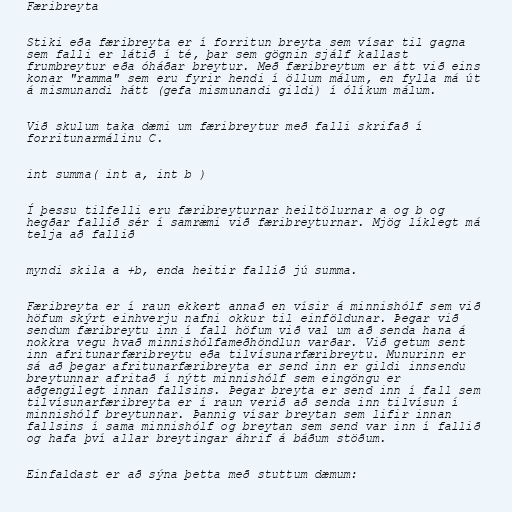
Færibreyta

Stiki eða færibreyta er í forritun breyta sem vísar til gagna
sem falli er látið í té, þar sem gögnin sjálf kallast
frumbreytur eða óháðar breytur. Með færibreytum er átt við eins
konar "ramma" sem eru fyrir hendi í öllum málum, en fylla má út
á mismunandi hátt (gefa mismunandi gildi) í ólíkum málum.

Við skulum taka dæmi um færibreytur með falli skrifað í
forritunarmálinu C.

int summa( int a, int b )

Í þessu tilfelli eru færibreyturnar heiltölurnar a og b og
hegðar fallið sér í samræmi við færibreyturnar. Mjög líklegt má
telja að fallið

myndi skila a +b, enda heitir fallið jú summa.

Færibreyta er í raun ekkert annað en vísir á minnishólf sem við
höfum skýrt einhverju nafni okkur til einföldunar. Þegar við
sendum færibreytu inn í fall höfum við val um að senda hana á
nokkra vegu hvað minnishólfameðhöndlun varðar. Við getum sent
inn afritunarfæribreytu eða tilvísunarfæribreytu. Munurinn er
sá að þegar afritunarfæribreyta er send inn er gildi innsendu
breytunnar afritað í nýtt minnishólf sem eingöngu er
aðgengilegt innan fallsins. Þegar breyta er send inn í fall sem
tilvísunarfæribreyta er í raun verið að senda inn tilvísun í
minnishólf breytunnar. Þannig vísar breytan sem lifir innan
fallsins í sama minnishólf og breytan sem send var inn í fallið
og hafa því allar breytingar áhrif á báðum stöðum.

Einfaldast er að sýna þetta með stuttum dæmum: